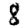
Digit: 8